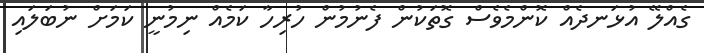
ގެއްލޭ އުޅަނދެއް ކޮންމެވެސް ގޮތަކުން ފެނުމުން ހުރިހާ ކަމެއް ނިމުނީ ކަމަށް ނުބަލައި